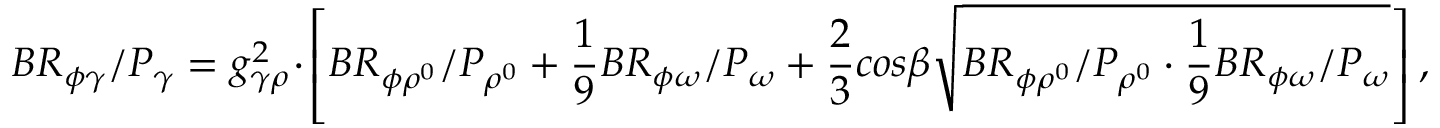
B R _ { \phi \gamma } / P _ { \gamma } = g _ { \gamma \rho } ^ { 2 } \cdot \left[ B R _ { \phi \rho ^ { 0 } } / P _ { \rho ^ { 0 } } + \frac { 1 } { 9 } B R _ { \phi \omega } / P _ { \omega } + \frac { 2 } { 3 } c o s \beta \sqrt { B R _ { \phi \rho ^ { 0 } } / P _ { \rho ^ { 0 } } \cdot \frac { 1 } { 9 } B R _ { \phi \omega } / P _ { \omega } } \right] ,